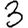
Digit: 3